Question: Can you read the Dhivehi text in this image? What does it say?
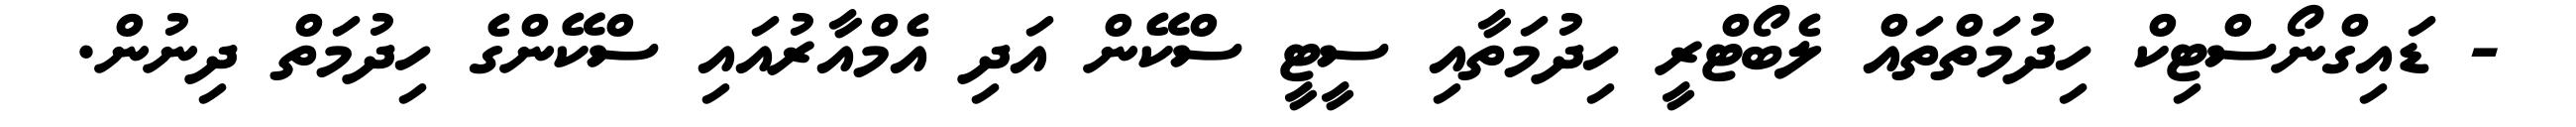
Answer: - ޑައިގްނޯސްޓިކް ހިދުމަތްތައް ލެބޯޓްރީ ހިދުމަތާއި ސީޓީ ސްކޭން އަދި އެމްއާރުއައި ސްކޭންގެ ހިދުމަތް ދިނުން.